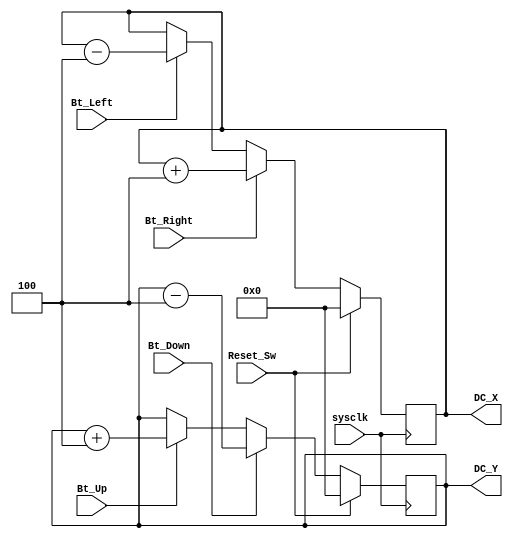
module Move (input wire sysclk,
	input wire Reset_Sw,
	input wire Bt_Up,
	input wire Bt_Down,
	input wire Bt_Left,
	input wire Bt_Right,
	output wire [5:0] DC_X,
	output wire [5:0] DC_Y);


reg [5:0] Duty_X = 0;
reg [5:0] Duty_Y = 0;

assign DC_X = Duty_X;
assign DC_Y = Duty_Y;

always @(posedge sysclk) begin
 	if (Reset_Sw) begin
 	Duty_X <= 0;
	Duty_Y <= 0;	
 	end else begin
		if (Bt_Up)
	 		Duty_Y <= Duty_Y + 6'd4;
	 	if (Bt_Down)
	 		Duty_Y <= Duty_Y - 6'd4;
	 	if (Bt_Left)
	 		Duty_X <= Duty_X - 6'd4;
	 	if (Bt_Right)
	 		Duty_X <= Duty_X + 6'd4;
	end
end
endmodule